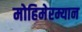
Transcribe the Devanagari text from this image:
मोहिमेरम्यान